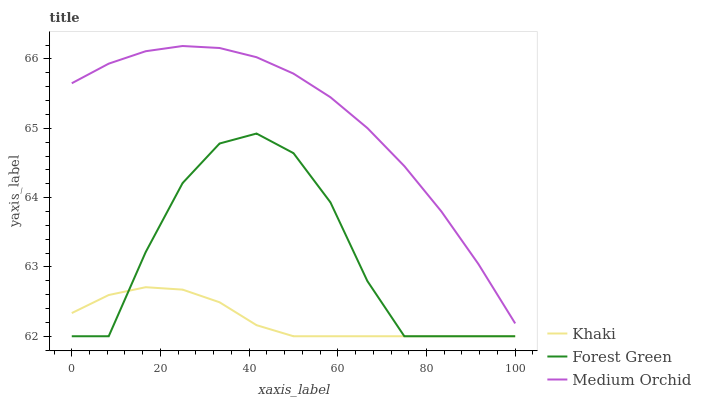
| xaxis_label | Khaki | Forest Green | Medium Orchid |
 | --- | --- | --- | --- |
 | 0 | 62.3 | 62 | 65.6 |
 | 8.33 | 62.6 | 62 | 65.9 |
 | 16.7 | 62.7 | 63.2 | 66.1 |
 | 25 | 62.7 | 64.2 | 66.2 |
 | 33.3 | 62.5 | 64.8 | 66.2 |
 | 41.7 | 62.2 | 64.9 | 66 |
 | 50 | 62 | 64.6 | 65.8 |
 | 58.3 | 62 | 63.9 | 65.4 |
 | 66.7 | 62 | 62.8 | 65 |
 | 75 | 62 | 62 | 64.5 |
 | 83.3 | 62 | 62 | 63.8 |
 | 91.7 | 62 | 62 | 63 |
 | 100 | 62 | 62 | 62.2 |